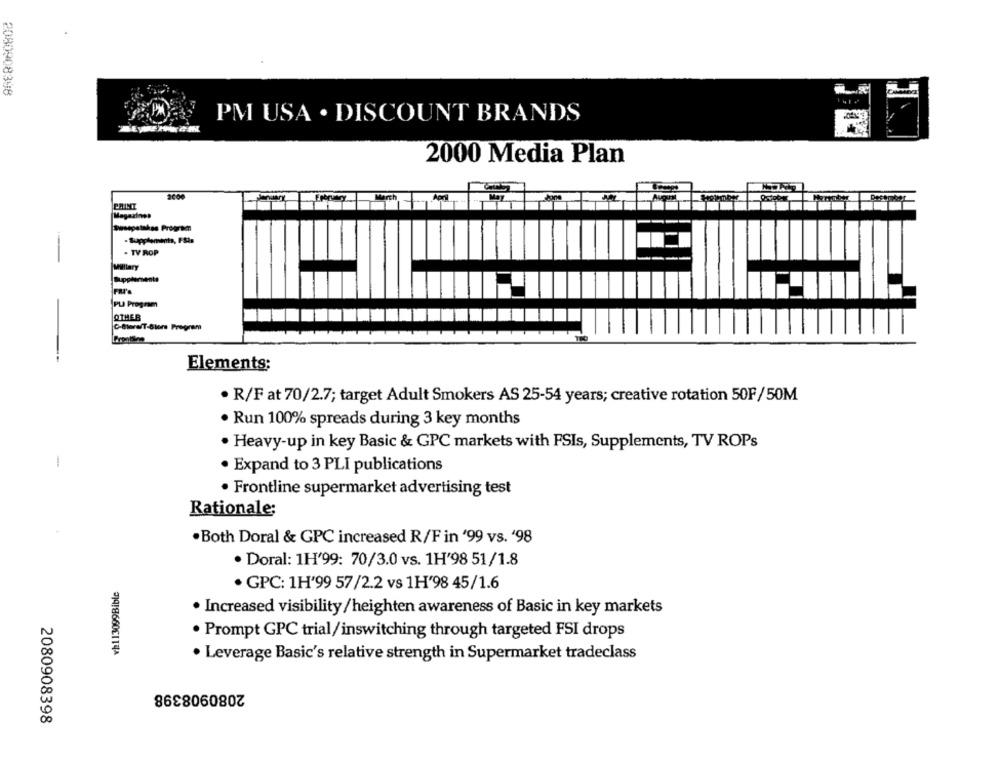
2080908398
PM USA . DISCOUNT BRANDS
2000 Media Plan
Magazines
Persepatakes Program
- TV ROP
Milllary
Supplements
PLA Program
-
OTHER
C-More/T-Siers Program
Elements:
. R/F at 70/2.7; target Adult Smokers AS 25-54 years; creative rotation 50F/50M
· Run 100% spreads during 3 key months
. Heavy-up in key Basic & GPC markets with FSIs, Supplements, TV ROPs
1
· Expand to 3 PLI publications
· Frontline supermarket advertising test
Rationale;
.Both Doral & GPC increased R/Fin '99 vs. '98
· Doral: 1H'99: 70/3.0 vs. 1H'98 51/1.8
vh113099Bible
· GPC: 1H'99 57/2.2 vs 1H'98 45/1.6
· Increased visibility/heighten awareness of Basic in key markets
· Prompt GPC trial/inswitching through targeted FSI drops
· Leverage Basic's relative strength in Supermarket tradeclass
2080908398
2080908398